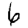
Digit: 6